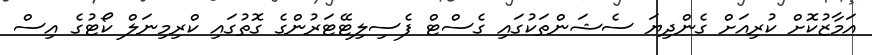
އަމާޒުކޮށް ކުރިއަށް ގެންދިޔަ ސެޝަންތަކުގައި ގެސްޓް ފެސިލިޓޭޓަރުންގެ ގޮތުގައި ކްރިމިނަލް ކޯޓުގެ އިސް